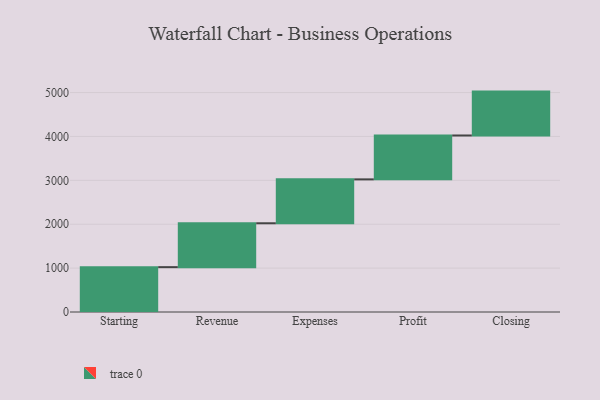
{"axis": {"x": "Step", "y": "Value"}, "legend": [""], "data": [{"x": "Starting", "y": 1022.0, "type": ""}, {"x": "Revenue", "y": 1000, "type": ""}, {"x": "Expenses", "y": 1000, "type": ""}, {"x": "Profit", "y": 1000, "type": ""}, {"x": "Closing", "y": 1000, "type": ""}]}